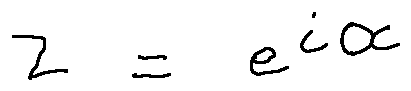
z = e ^ { i \alpha }